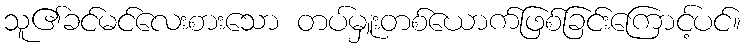
သူ၏ခင်မင်လေးစားသော တပ်မှူးတစ်ယောက်ဖြစ်ခြင်းကြောင့်ပင်။